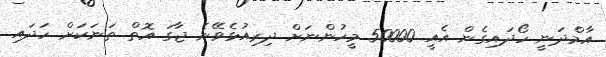
އާމްދަނީ ހޯދައިގެން އެއީ 50000 މީހުންނަށް ދިރިއުޅެވޭނެ ޖާގަ އޮތް ތަނަކަށް ހަަދައި